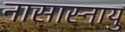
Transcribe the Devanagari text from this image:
नासास्नायु